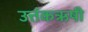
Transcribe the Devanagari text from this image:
उत्तंकऋषी